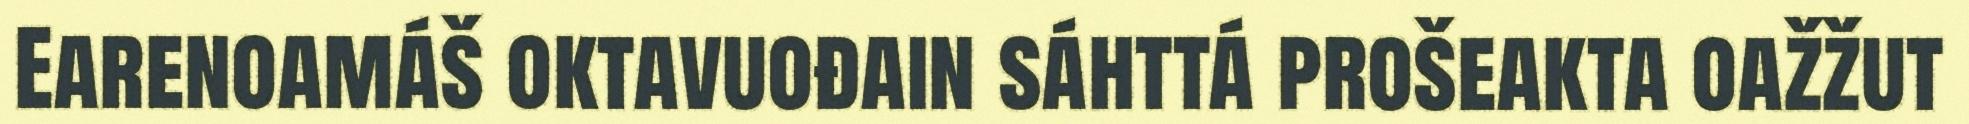
Earenoamáš oktavuođain sáhttá prošeakta oažžut